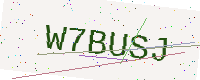
Text: W7BUSJ